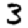
Digit: 3